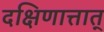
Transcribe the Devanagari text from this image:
दक्षिणात्तात्